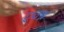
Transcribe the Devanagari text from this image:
एक्श्न